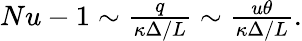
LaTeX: \begin{array}{r}{Nu-1\sim\frac{q}{\kappa\Delta/L}\sim\frac{u\theta}{\kappa\Delta/L}.}\end{array}